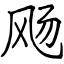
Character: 飏